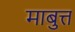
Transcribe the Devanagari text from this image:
माबुत्त